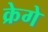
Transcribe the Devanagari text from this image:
क्रेगे